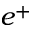
e ^ { + }